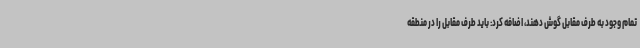
تمام وجود به طرف مقابل گوش دهند، اضافه کرد: باید طرف مقابل را در منطقه